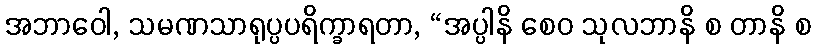
အဘာဝေါ, သမဏသာရုပ္ပပရိက္ခာရတာ, “အပ္ပါနိ စေဝ သုလဘာနိ စ တာနိ စ